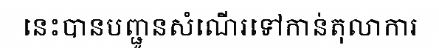
នេះបានបញ្ជូនសំណើរទៅកាន់តុលាការ